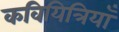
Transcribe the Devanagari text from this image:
कवियित्रियाँ